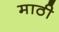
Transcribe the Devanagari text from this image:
माठी